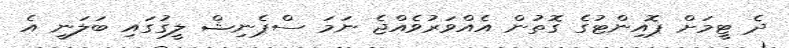
ދެ ޓީމަށް ޕޮއިންޓުގެ ގޮތުން އެއްވަރުވެއްޖެ ނަމަ ސްޕެނިޝް ލީގުގައި ބަލަނީ އެ